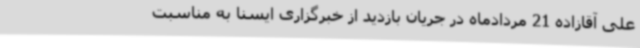
علی آقازاده 21 مردادماه در جریان بازدید از خبرگزاری ایسنا به مناسبت